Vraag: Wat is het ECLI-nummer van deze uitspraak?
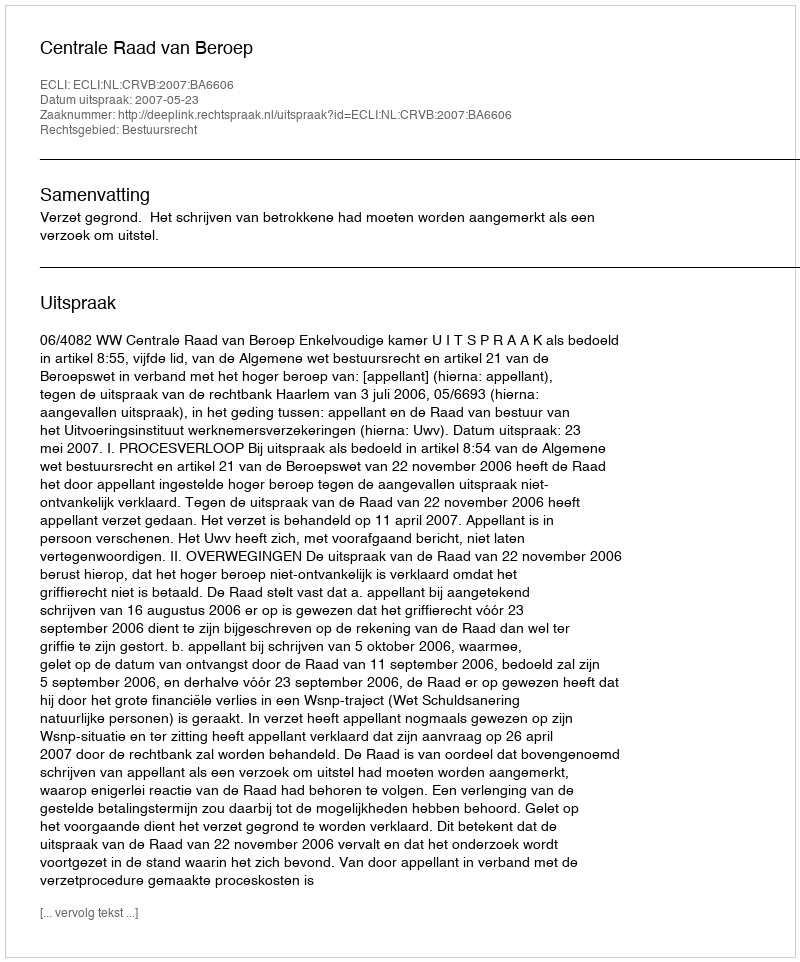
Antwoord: ECLI:NL:CRVB:2007:BA6606